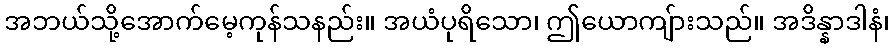
အဘယ်သို့အောက်မေ့ကုန်သနည်း။ အယံပုရိသော၊ ဤယောကျ်ားသည်။ အဒိန္နာဒါနံ၊